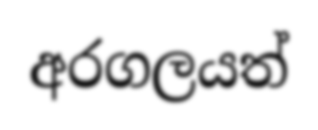
අරගලයත්